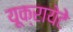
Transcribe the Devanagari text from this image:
यूक्रायेटे